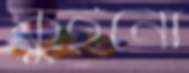
কুইনো